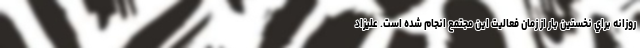
روزانه براي نخستين بار از زمان فعاليت اين مجتمع انجام شده است. علیزاد